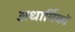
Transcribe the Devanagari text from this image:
अधार्मिकों